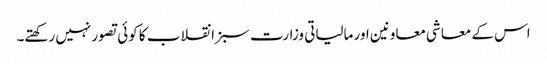
اس کے معاشی معاونین اور مالیاتی وزارت سبز انقلاب کا کوئی تصور نہیں رکھتے۔